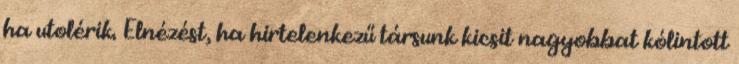
ha utolérik. Elnézést, ha hirtelenkezű társunk kicsit nagyobbat kólintott